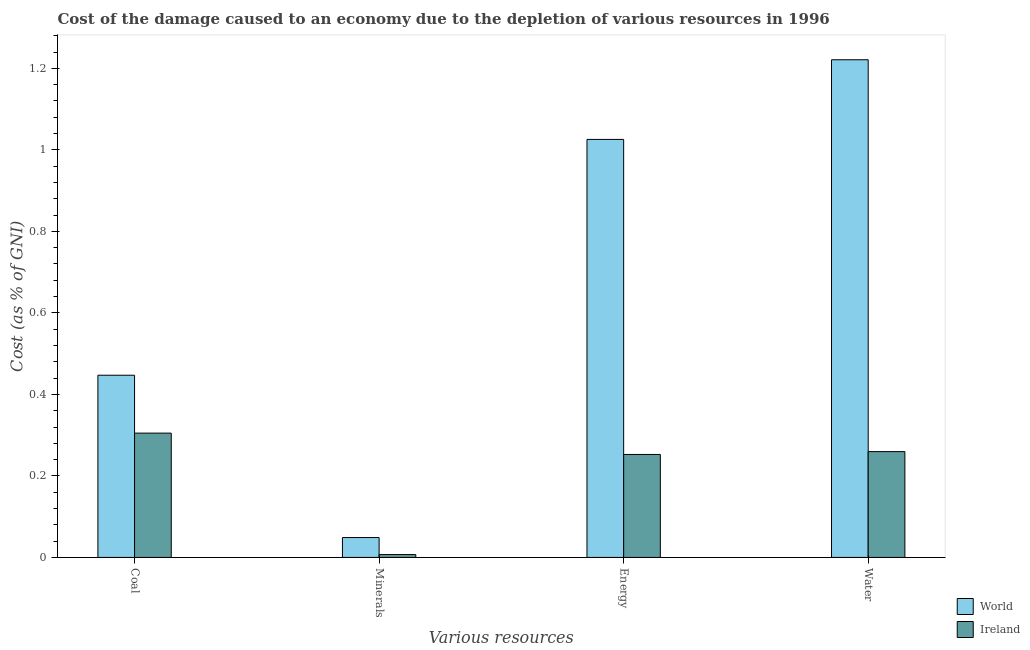
| Various resources | World | Ireland |
 | --- | --- | --- |
 | Coal | 0.447 | 0.305 |
 | Minerals | 0.0488 | 0.007 |
 | Energy | 1.03 | 0.253 |
 | Water | 1.22 | 0.26 |